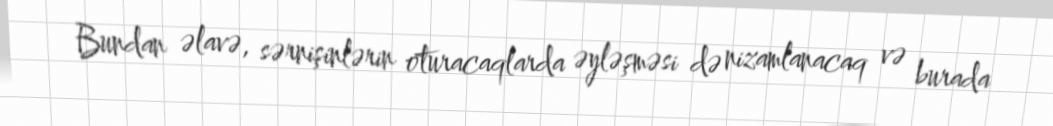
Bundan əlavə, sərnişinlərin oturacaqlarda əyləşməsi də nizamlanacaq və burada